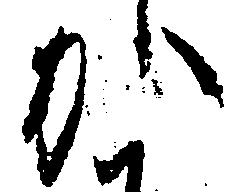
か